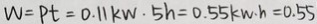
W = P t = 0 . 1 1 k w \cdot 5 h = 0 . 5 5 k m \cdot h = 0 . 5 5